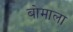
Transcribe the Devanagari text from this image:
बोमाला